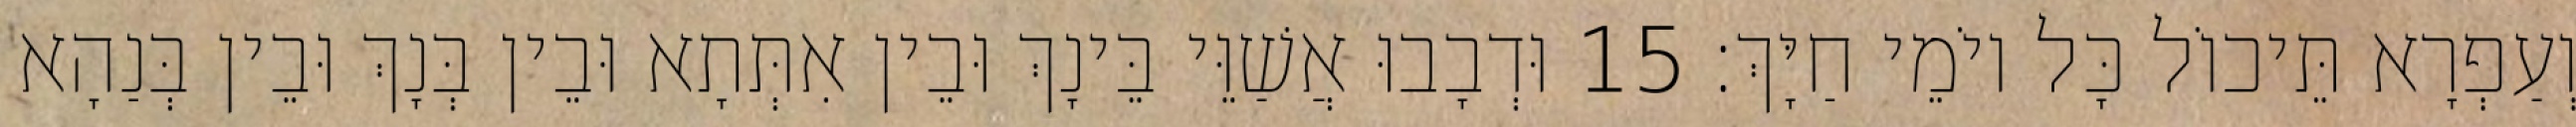
וְעַפְרָא תֵּיכוֹל כָּל יוֹמֵי חַיָּךְ׃ 15 וּדְבָבוּ אֲשַׁוֵּי בֵּינָךְ וּבֵין אִתְּתָא וּבֵין בְּנָךְ וּבֵין בְּנַהָא